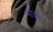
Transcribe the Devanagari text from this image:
मींढळ